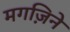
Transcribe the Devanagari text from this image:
मगज़िने